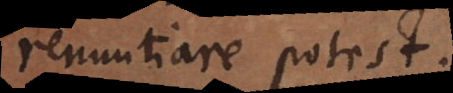
renuntiare potest.